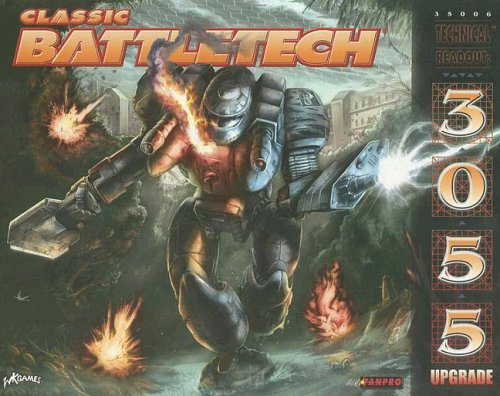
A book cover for Classic Battletech: Technical Readout 3055 Upgrade (FPR35006); Classic Battletech; Science Fiction & Fantasy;